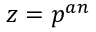
z = p ^ { a n }